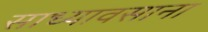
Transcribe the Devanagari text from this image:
साध्यावसाना